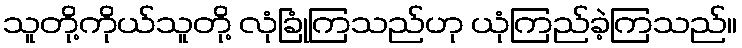
သူတို့ကိုယ်သူတို့ လုံခြုံကြသည်ဟု ယုံကြည်ခဲ့ကြသည်။